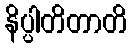
နိပ္ပါတိတာတိ